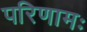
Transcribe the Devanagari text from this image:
परिणामः